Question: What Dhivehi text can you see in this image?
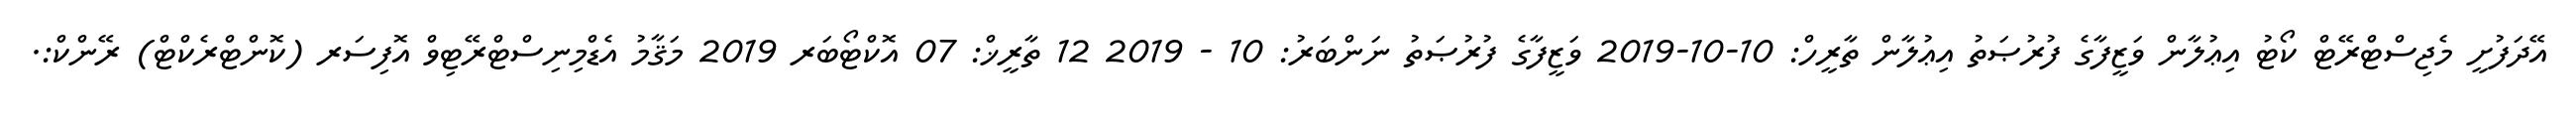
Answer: އޭދަފުށީ މެޖިސްޓްރޭޓް ކޯޓު އިޢުލާން ވަޒީފާގެ ފުރުޞަތު އިޢުލާން ތާރީހް: 10-10-2019 ވަޒީފާގެ ފުރުޞަތު ނަންބަރު: 10 - 2019 12 ތާރީޚް: 07 އޮކްޓޯބަރ 2019 މަޤާމު އެޑްމިނިސްޓްރޭޓިވް އޮފިސަރ (ކޮންޓްރެކްޓް) ރޭންކް:.